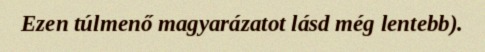
Ezen túlmenő magyarázatot lásd még lentebb).